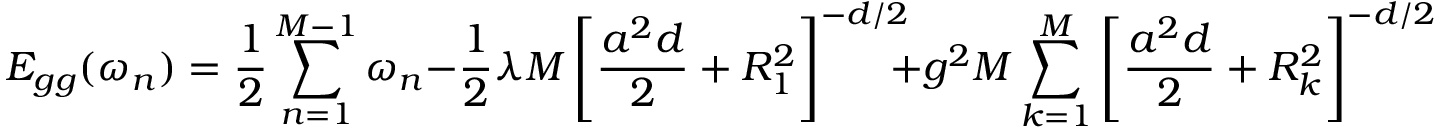
E _ { g g } ( \omega _ { n } ) = { \frac { 1 } { 2 } } \sum _ { n = 1 } ^ { M - 1 } \omega _ { n } - { \frac { 1 } { 2 } } \lambda M \left[ { \frac { a ^ { 2 } d } { 2 } } + R _ { 1 } ^ { 2 } \right] ^ { - d / 2 } \! \! \! + g ^ { 2 } M \sum _ { k = 1 } ^ { M } \left[ { \frac { a ^ { 2 } d } { 2 } } + R _ { k } ^ { 2 } \right] ^ { - d / 2 } \, .